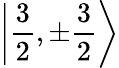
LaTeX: \left|{\frac{3}{2}},\pm{\frac{3}{2}}\right\rangle